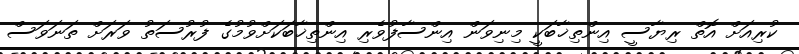
ކުރިއަށް އޮތް ރިޔާސީ އިންތިޚާބަކީ މިނިވަން އިންސާފުވެރި އިންތިޚާބަކަށްވުމުގެ ފުރުސަތު ވަރަށް ތަނަވަސް